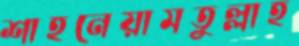
শাহনেয়ামতুল্লাহ